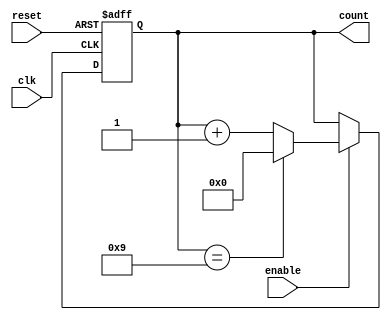
module BCD_Up_Counter_with_Enable (
    input wire clk,
    input wire reset,
    input wire enable,
    output reg [3:0] count
);

reg [3:0] next_count;

always @(posedge clk or posedge reset) begin
    if (reset) begin
        count <= 4'b0000;
    end else if (enable) begin
        count <= next_count;
    end
end

always @* begin
    if (count == 4'b1001) begin
        next_count <= 4'b0000;
    end else begin
        next_count <= count + 4'b0001;
    end
end

endmodule